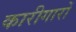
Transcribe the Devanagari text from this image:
कारीगारों